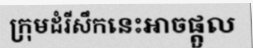
ក្រុមដំរីសឹកនេះអាចផ្តួល